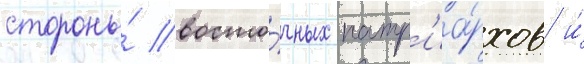
стороны́ восто́чных патр'иа́рхов и́